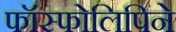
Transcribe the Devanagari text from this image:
फॉस्फोलिपिने